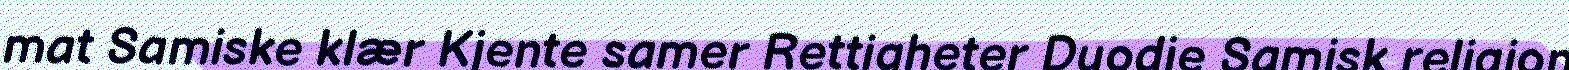
mat Samiske klær Kjente samer Rettigheter Duodje Samisk religion